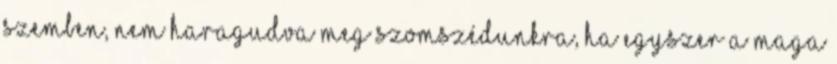
szemben, nem haragudva meg szomszédunkra, ha egyszer a maga